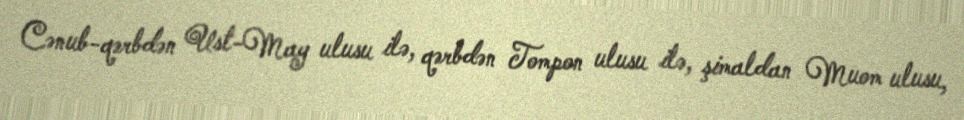
Cənub-qərbdən Ust-May ulusu ilə, qərbdən Tompon ulusu ilə, şimaldan Muom ulusu,